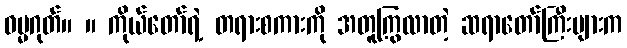
ဓမ္မဂုတ်။ ။ ကိုယ်တော်ရဲ့ တရားစကားကို အတူကြွလာတဲ့ ဆရာတော်ကြီးများက